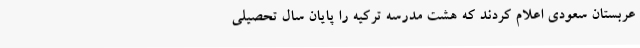
عربستان سعودی اعلام کردند که هشت مدرسه ترکیه‌ را پایان سال تحصیلی